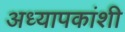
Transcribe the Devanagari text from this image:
अध्यापकांशी